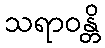
သရာဝန္တိ